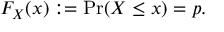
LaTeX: F _ { X } ( x ) : = \operatorname* { P r } ( X \leq x ) = p .